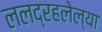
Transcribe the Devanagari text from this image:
ललद्रहलेल्या